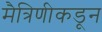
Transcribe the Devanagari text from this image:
मैत्रिणीकडून